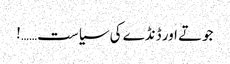
جوتے اور ڈنڈے کی سیاست……!